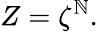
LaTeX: Z=\zeta^{\mathbb{N}}.